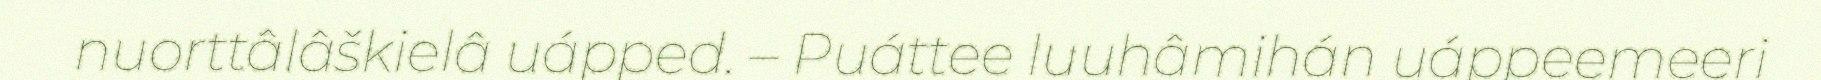
nuorttâlâškielâ uápped. – Puáttee luuhâmihán uáppeemeeri